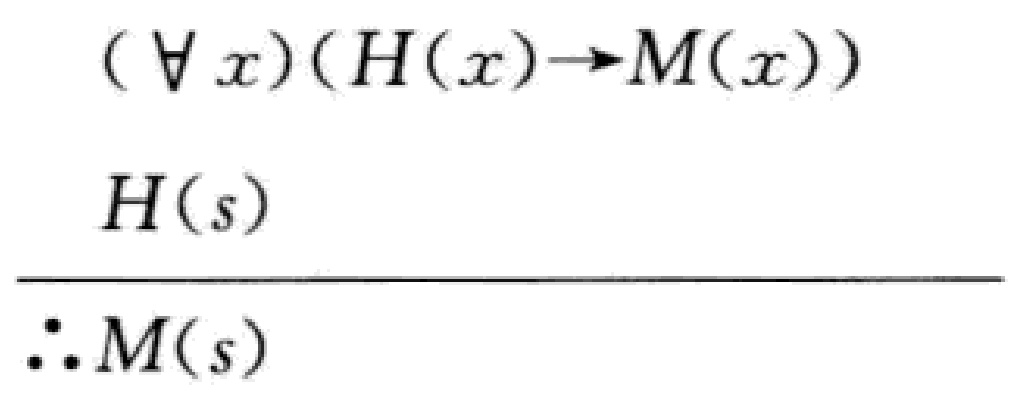
\[
\begin{align*}
&(\forall x)(H(x)\to M(x))\\
&H(s)\\
\hline
&\therefore M(s)
\end{align*}
\]